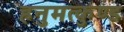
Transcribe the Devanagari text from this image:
हनुमत्कुण्ड